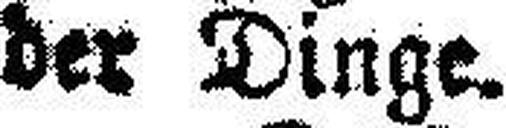
der Dinge.